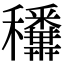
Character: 𥤑